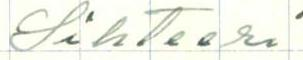
Sihteeri